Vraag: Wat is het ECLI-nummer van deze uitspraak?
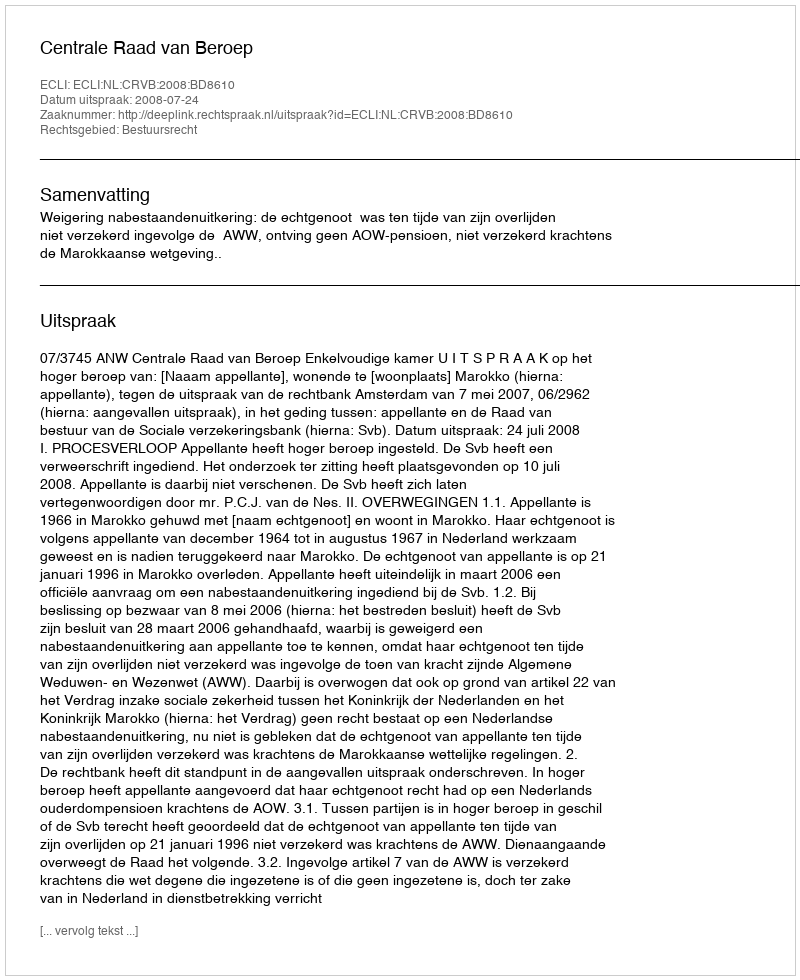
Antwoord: ECLI:NL:CRVB:2008:BD8610